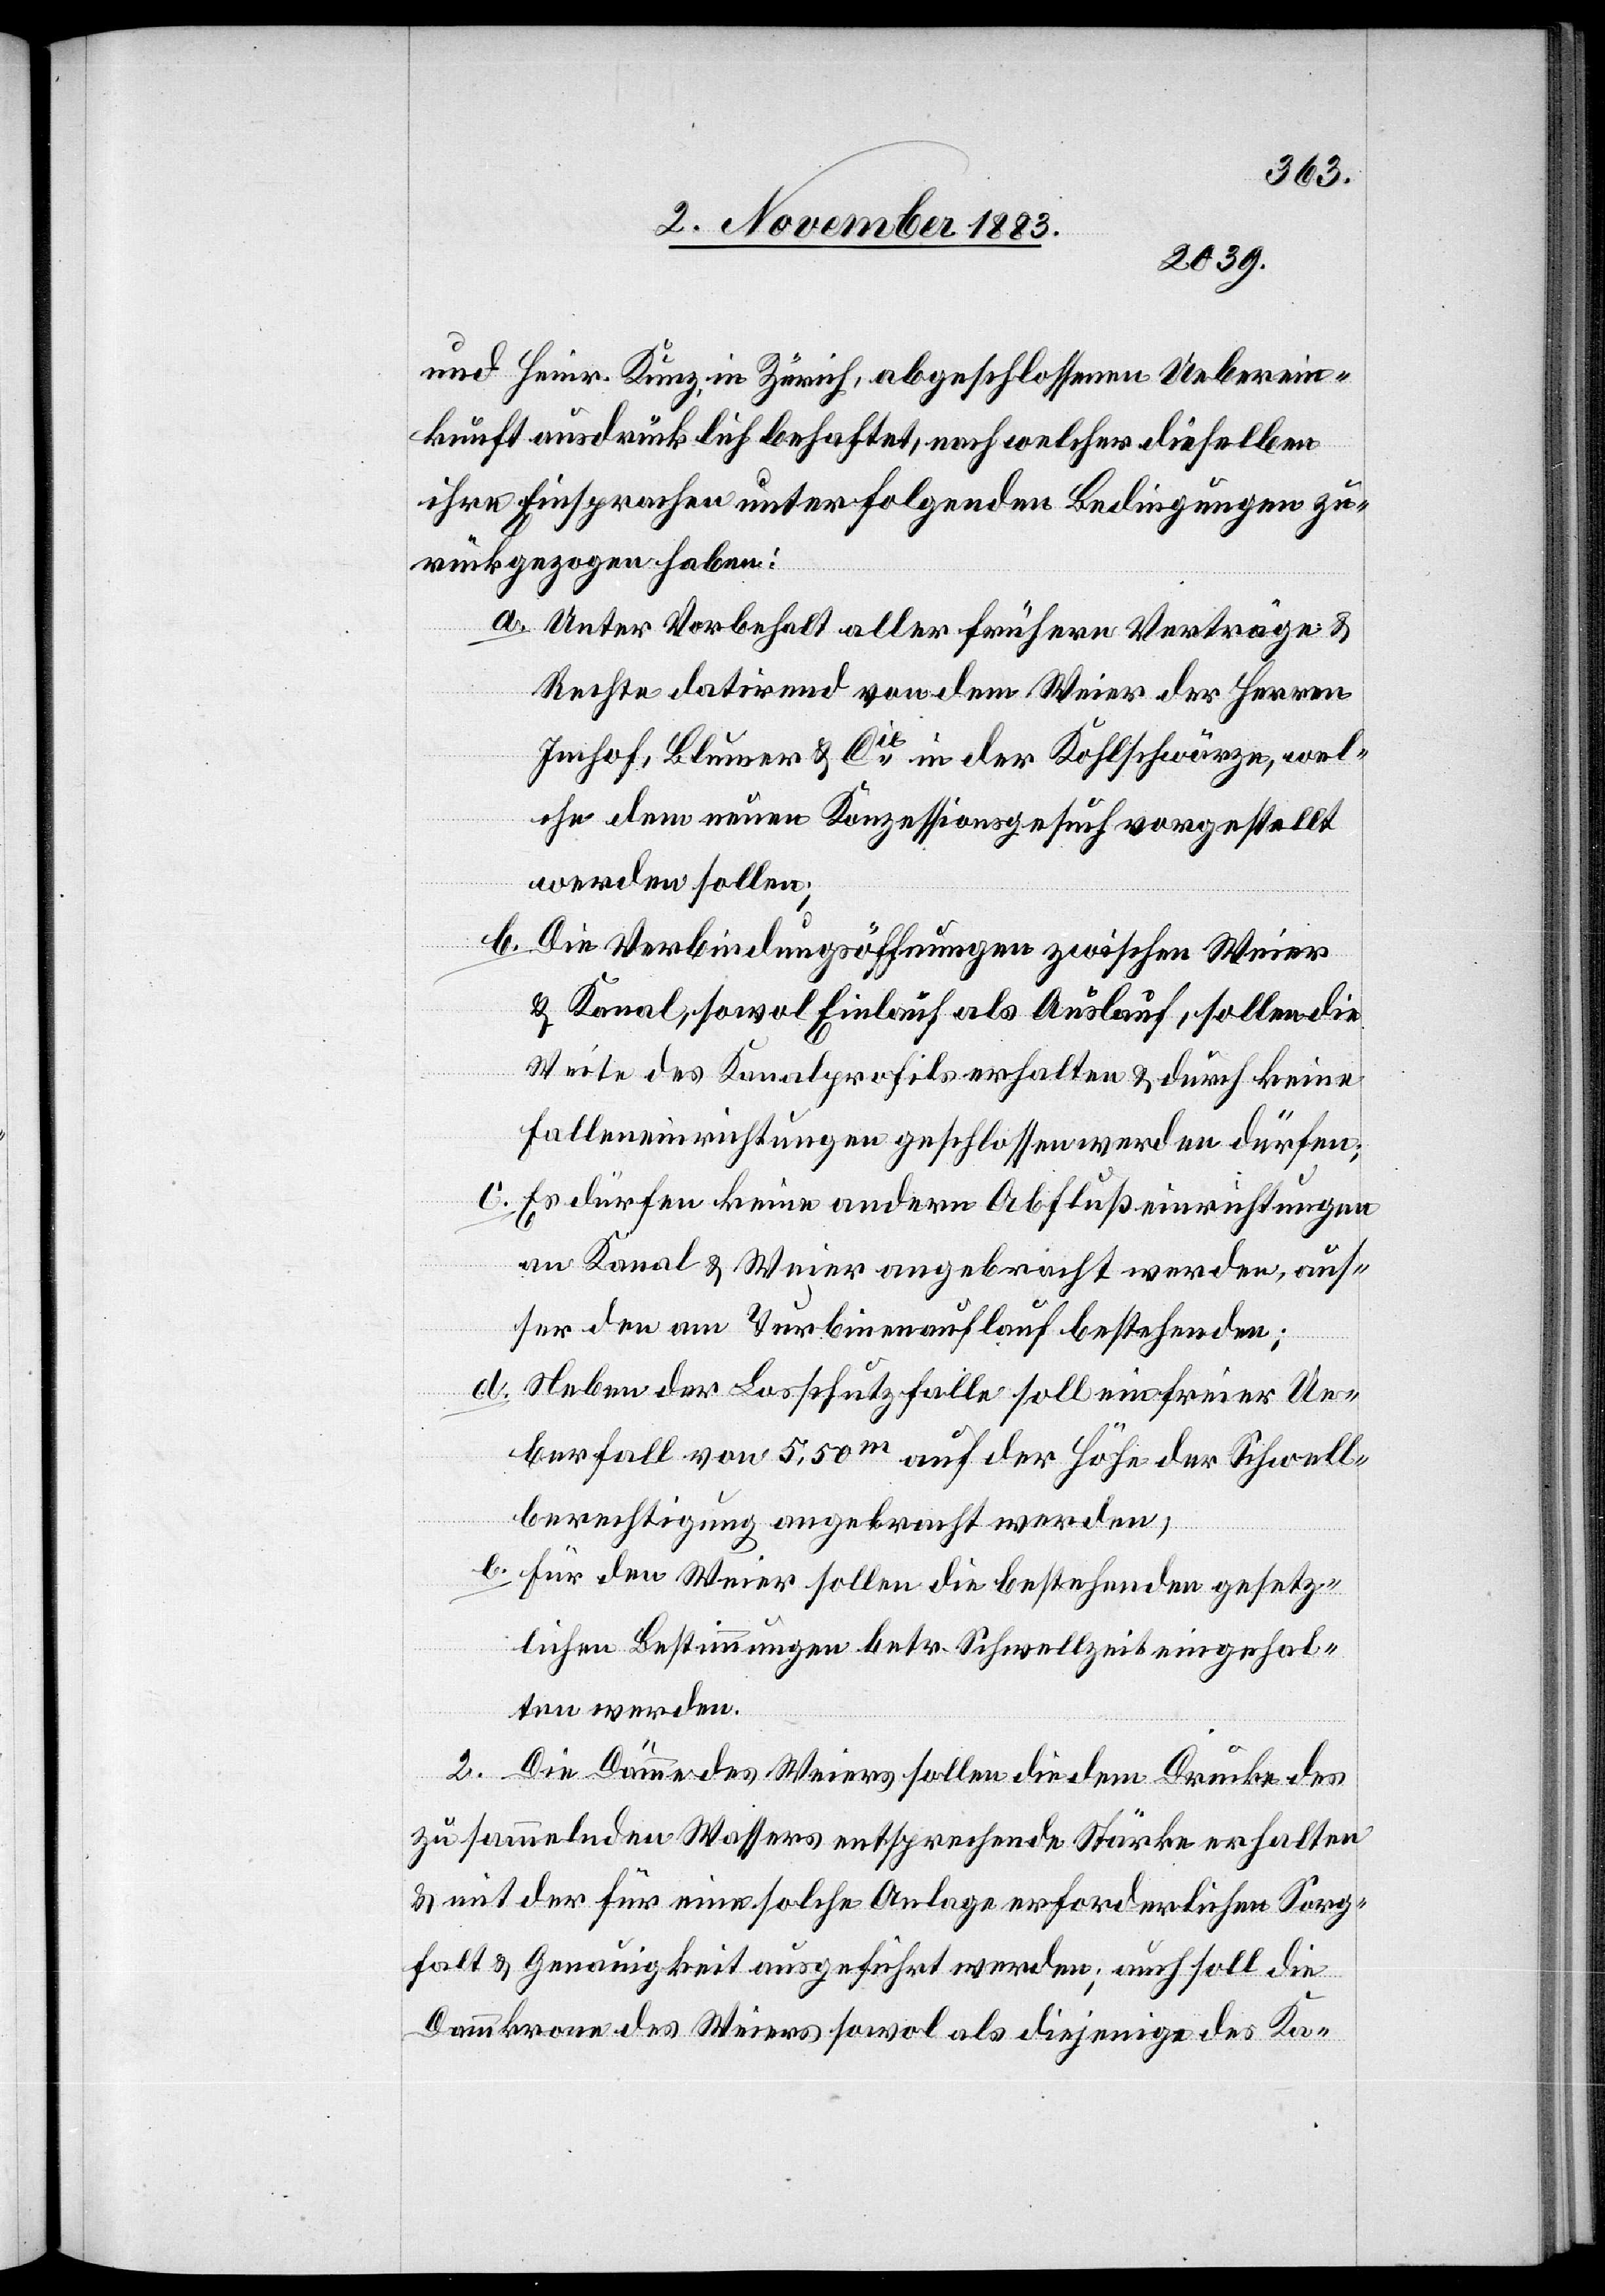
und Heinr. Kunz, in Zürich, abgeschlossenen Ueberein¬
kunft ausdrücklich behaftet, nach welcher dieselben
ihre Einsprachen unter folgenden Bedingungen zu¬
rückgezogen haben:
Schwe¬
a. Unter Vorbehalt aller frühern Verträge &
Rechte datirend von dem Weier der Herren
Imhof, Blumer & Cie in der Kohlschwärze, wel¬
che dem neuen Konzessionsgesuch vorgestellt
werden sollen;
b. Die Verbindungsöffnungen zwischen Weier
& Kanal, sowol Einlauf als Auslauf, sollen die
Weite des Kanalprofils erhalten & durch keine
Falleneinrichtungen geschlossen werden dürfen;
c.
Es dürfen keine andern Abflußeinrichtungen
an Kanal & Weier angebracht werden, aus¬
ser den am Turbinenauflauf bestehenden;
ll¬
Neben der Losschutzfalle soll ein freier Ue¬
berfall von 5,50 m auf der Höhe der Schwellb¬
befestigung] angebracht werden.
e. Für den Weier sollen die bestehenden gesetz¬
lichen Bestimmungen betr. Schwellzeit eingehal¬
ten werden.
2. Die Dämme des Weiers sollen die dem Drucke des
zu sammelnden Wassers entsprechende Stärke erhalten
& mit der für eine solche Anlage erforderlichen Sorg¬
falt & Genauigkeit ausgeführt werden; auch soll die
Dammkrone des Weiers sowol als diejenige des Ka-